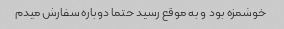
خوشمزه بود و به موقع رسید حتما دوباره سفارش میدم